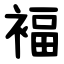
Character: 褔